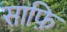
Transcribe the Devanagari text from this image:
साफ़ि